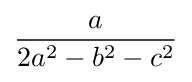
{\frac {a}{2a^{2}-b^{2}-c^{2}}}